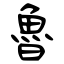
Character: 魯